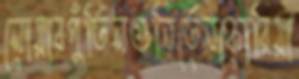
লোয়ারপুঁতিলগুনিতেনকোরিয়া